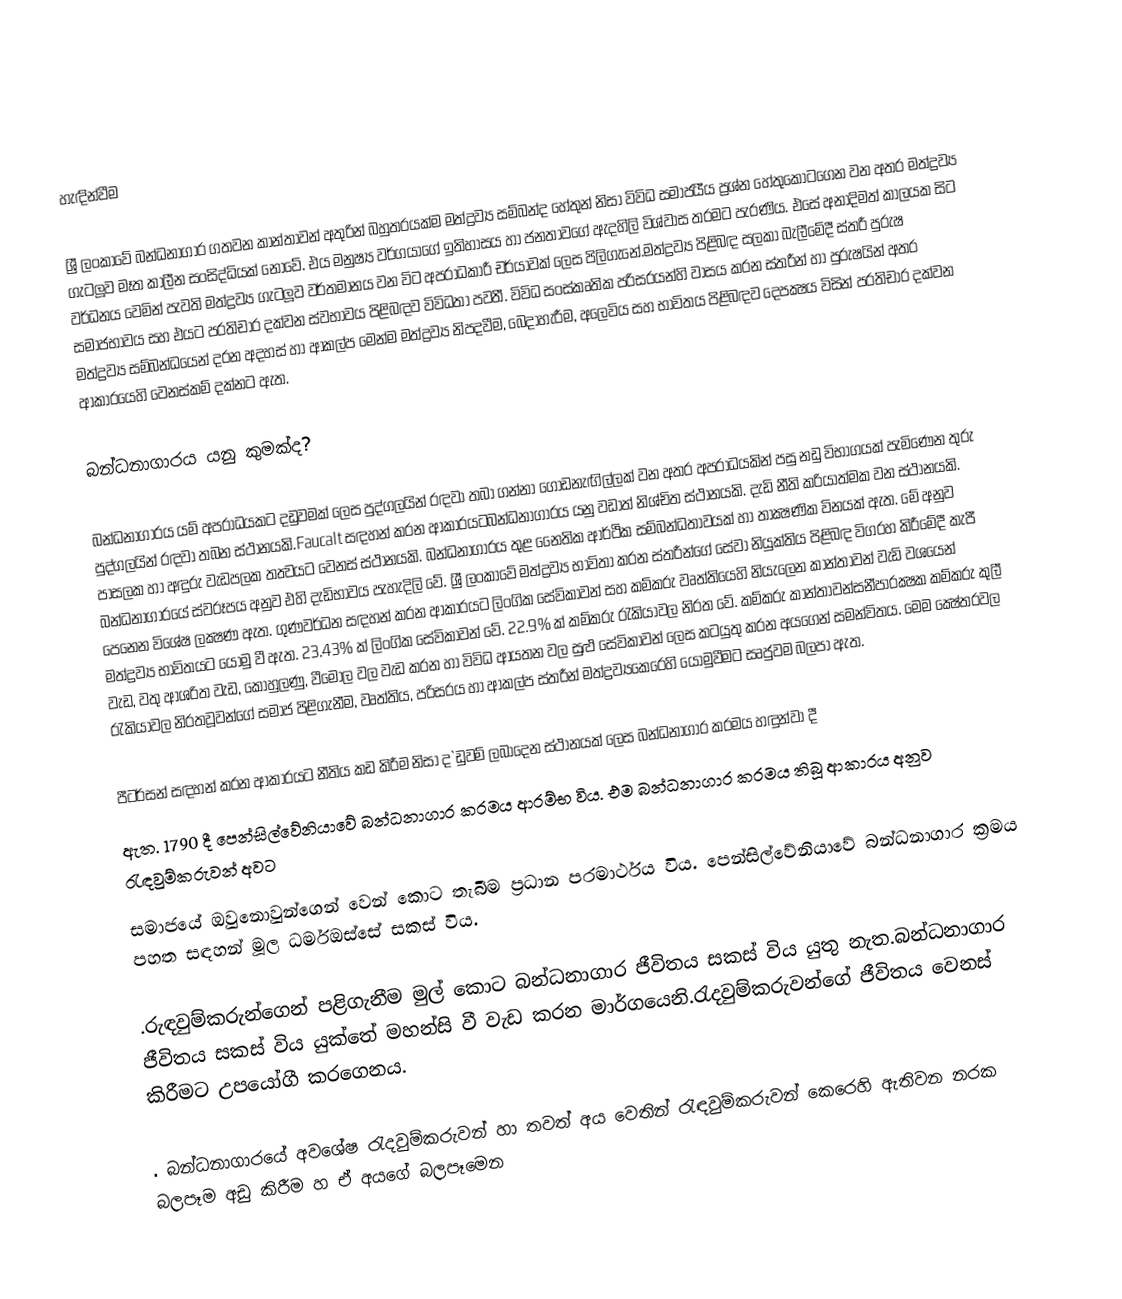

හැඳින්වීම

ශ්‍රී ලංකාවේ බන්ධනාගාර ගතවන කාන්තාවන් අතුරින් බහුතරයක්ම මත්ද්‍රව්‍ය සම්බන්ද හේතුන් නිසා විවිධ සමාජයීය ප්‍රශ්න හේතුකොටගෙන වන අතර  මත්ද්‍රව්‍ය ගැටලූව මෑත කාලීන සංසිද්ධියක් නොවේ. එය මනුෂ්‍ය වර්ගයාගේ ඉතිහාසය හා ජනතාවගේ ඇදහිලි විශ්වාස තරමට පැරණිය. එසේ අනාදිමත් කාලයක සිට වර්ධනය වෙමින් පැවති මත්ද්‍රව්‍ය ගැටලූව වර්තමානය වන විට අපරාධකාරී චර්යාවක් ලෙස පිලිගැනේ.මත්ද්‍රව්‍ය පිළිබඳ සලකා බැලීමේදී ස්ත‍්‍රී පුරුෂ සමාජභාවය සහ එයට ප‍්‍රතිචාර දක්වන ස්වභාවය පිළිබඳව විවිධතා පවතී. විවිධ සංස්කෘතික පරිසරයන්හි වාසය කරන ස්ත‍්‍රීන් හා පුරුෂයින් අතර මත්ද්‍රව්‍ය සම්බන්ධයෙන් දරන අදහස් හා ආකල්ප මෙන්ම මත්ද්‍රව්‍ය නිපදවීම, බෙදාහැරීම, අලෙවිය සහ භාවිතය පිළිබඳව දෙපක්‍ෂය විසින් ප‍්‍රතිචාර දක්වන ආකාරයෙහි වෙනස්කම් දක්නට ඇත.

බන්ධනාගාරය යනු කුමක්ද?

බන්ධනාගාරය යම් අපරාධයකට දඩුවමක් ලෙස පුද්ගලයින් රඳවා තබා ගන්නා ගොඩනැඟිල්ලක් වන අතර අපරාධයකින් පසු නඩු විභාගයක් පැමිණෙන තුරු පුද්ගලයින් රඳවා තබන ස්ථානයකි.Faucalt සඳහන් කරන ආකාරයටබන්ධනාගාරය යනු වඩාත් නිශ්චිත ස්ථානයකි. දැඩි නීති ක‍්‍රියාත්මක වන ස්ථානයකි. පාසලක හා අඳුරු වැඩපලක තත්‍වයට වෙනස් ස්ථානයකි. බන්ධනාගාරය තුළ නෛතික ආර්ථික සම්බන්ධතාවයක් හා තාක්‍ෂණික විනයක් ඇත. මේ අනුව බන්ධනාගාරයේ ස්වරූපය අනුව එහි දැඩිභාවය පැහැදිලි වේ. ශ්‍රී ලංකාවේ මත්ද්‍රව්‍ය භාවිතා කරන ස්ත‍්‍රීන්ගේ සේවා නියුක්තිය පිළිබඳ විග‍්‍රහ කිරීමේදී කැපී පෙනෙන විශේෂ ලක්‍ෂණ ඇත. ගුණවර්ධන සඳහන් කරන ආකාරයට ලිංගික සේවිකාවන් සහ කම්කරු වෘත්තියෙහි නියැලෙන කාන්තාවන් වැඩි වශයෙන් මත්ද්‍රව්‍ය භාවිතයට යොමු වී ඇත. 23.43% ක් ලිංගික සේවිකාවන් වේ. 22.9% ක් කම්කරු රැකියාවල නිරත වේ. කම්කරු කාන්තාවන්සනීපාරක්‍ෂක කම්කරු කුලී වැඩ, වතු ආශ‍්‍රිත වැඩ, කොහුලණු, වීමෝල වල වැඩ කරන හා විවිධ ආයතන වල සුළු සේවිකාවන් ලෙස කටයුතු කරන අයගෙන් සමන්විතය. මෙම ක්‍ෂේත‍්‍රවල රැකියාවල නිරතවූවන්ගේ සමාජ පිළිගැනීම, වෘත්තිය, පරිසරය හා ආකල්ප ස්ත‍්‍රීන් මත්ද්‍රව්‍යකෙරෙහි යොමුවීමට සෘජුවම බලපා ඇත.

පීටර්සන් සඳහන් කරන ආකාරයට නීතිය කඩ කිරීම නිසා ද`ඩුවම් ලබාදෙන ස්ථානයක් ලෙස බන්ධනාගාර ක‍්‍රමය හඳුන්වා දී
ඇත.  1790 දී පෙන්සිල්වේනියාවේ බන්ධනාගාර ක‍්‍රමය ආරම්භ විය. එම බන්ධනාගාර ක‍්‍රමය තිබූ ආකාරය අනුව රැඳවුම්කරුවන් අවට
සමාජයේ ඔවුනොවුන්ගෙන් වෙන් කොට තැබීම ප‍්‍රධාන පරමාර්ථය විය.  පෙන්සිල්වේනියාවේ බන්ධනාගාර ක‍්‍රමය පහත සඳහන් මූල ධර්මඔස්සේ සකස් විය.

.රුඳවුම්කරුන්ගෙන් පළිගැනීම මුල් කොට බන්ධනාගාර ජීවිතය සකස් විය යුතු නැත.බන්ධනාගාර ජීවිතය සකස් විය යුක්‍තේ  මහන්සි වී වැඩ කරන මාර්ගයෙනි.රැදවුම්කරුවන්ගේ ජීවිතය වෙනස් කිරීමට උපයෝගී කරගෙනය.

.	බන්ධනාගාරයේ අවශේෂ රැදවුම්කරුවන් හා තවත් අය වෙතින් රැඳවුම්කරුවන් කෙරෙහි ඇතිවන නරක බලපෑම අඩු කිරීම හ  ඒ අයගේ බලපෑමෙන